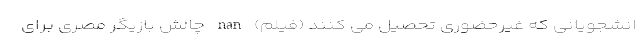
انشجویانی که غیرحضوری تحصیل می کنند (فیلم) nan چالش بازیگر مصری برای